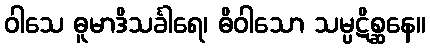
ဝါသေ ဓူမာဒိသင်္ခါရေ၊ ဓိဝါသော သမ္ပဋိစ္ဆနေ။